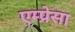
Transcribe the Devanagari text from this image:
एम्प्रेसा